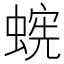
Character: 𱿹